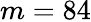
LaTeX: m=84